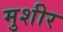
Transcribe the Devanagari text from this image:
मुशीर